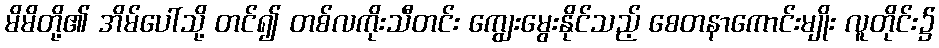
မိမိတို့၏ အိမ်ပေါ်သို့ တင်၍ တစ်လကိုးသီတင်း ကျွေးမွေးနိုင်သည့် စေတနာကောင်းမျိုး လူတိုင်း၌